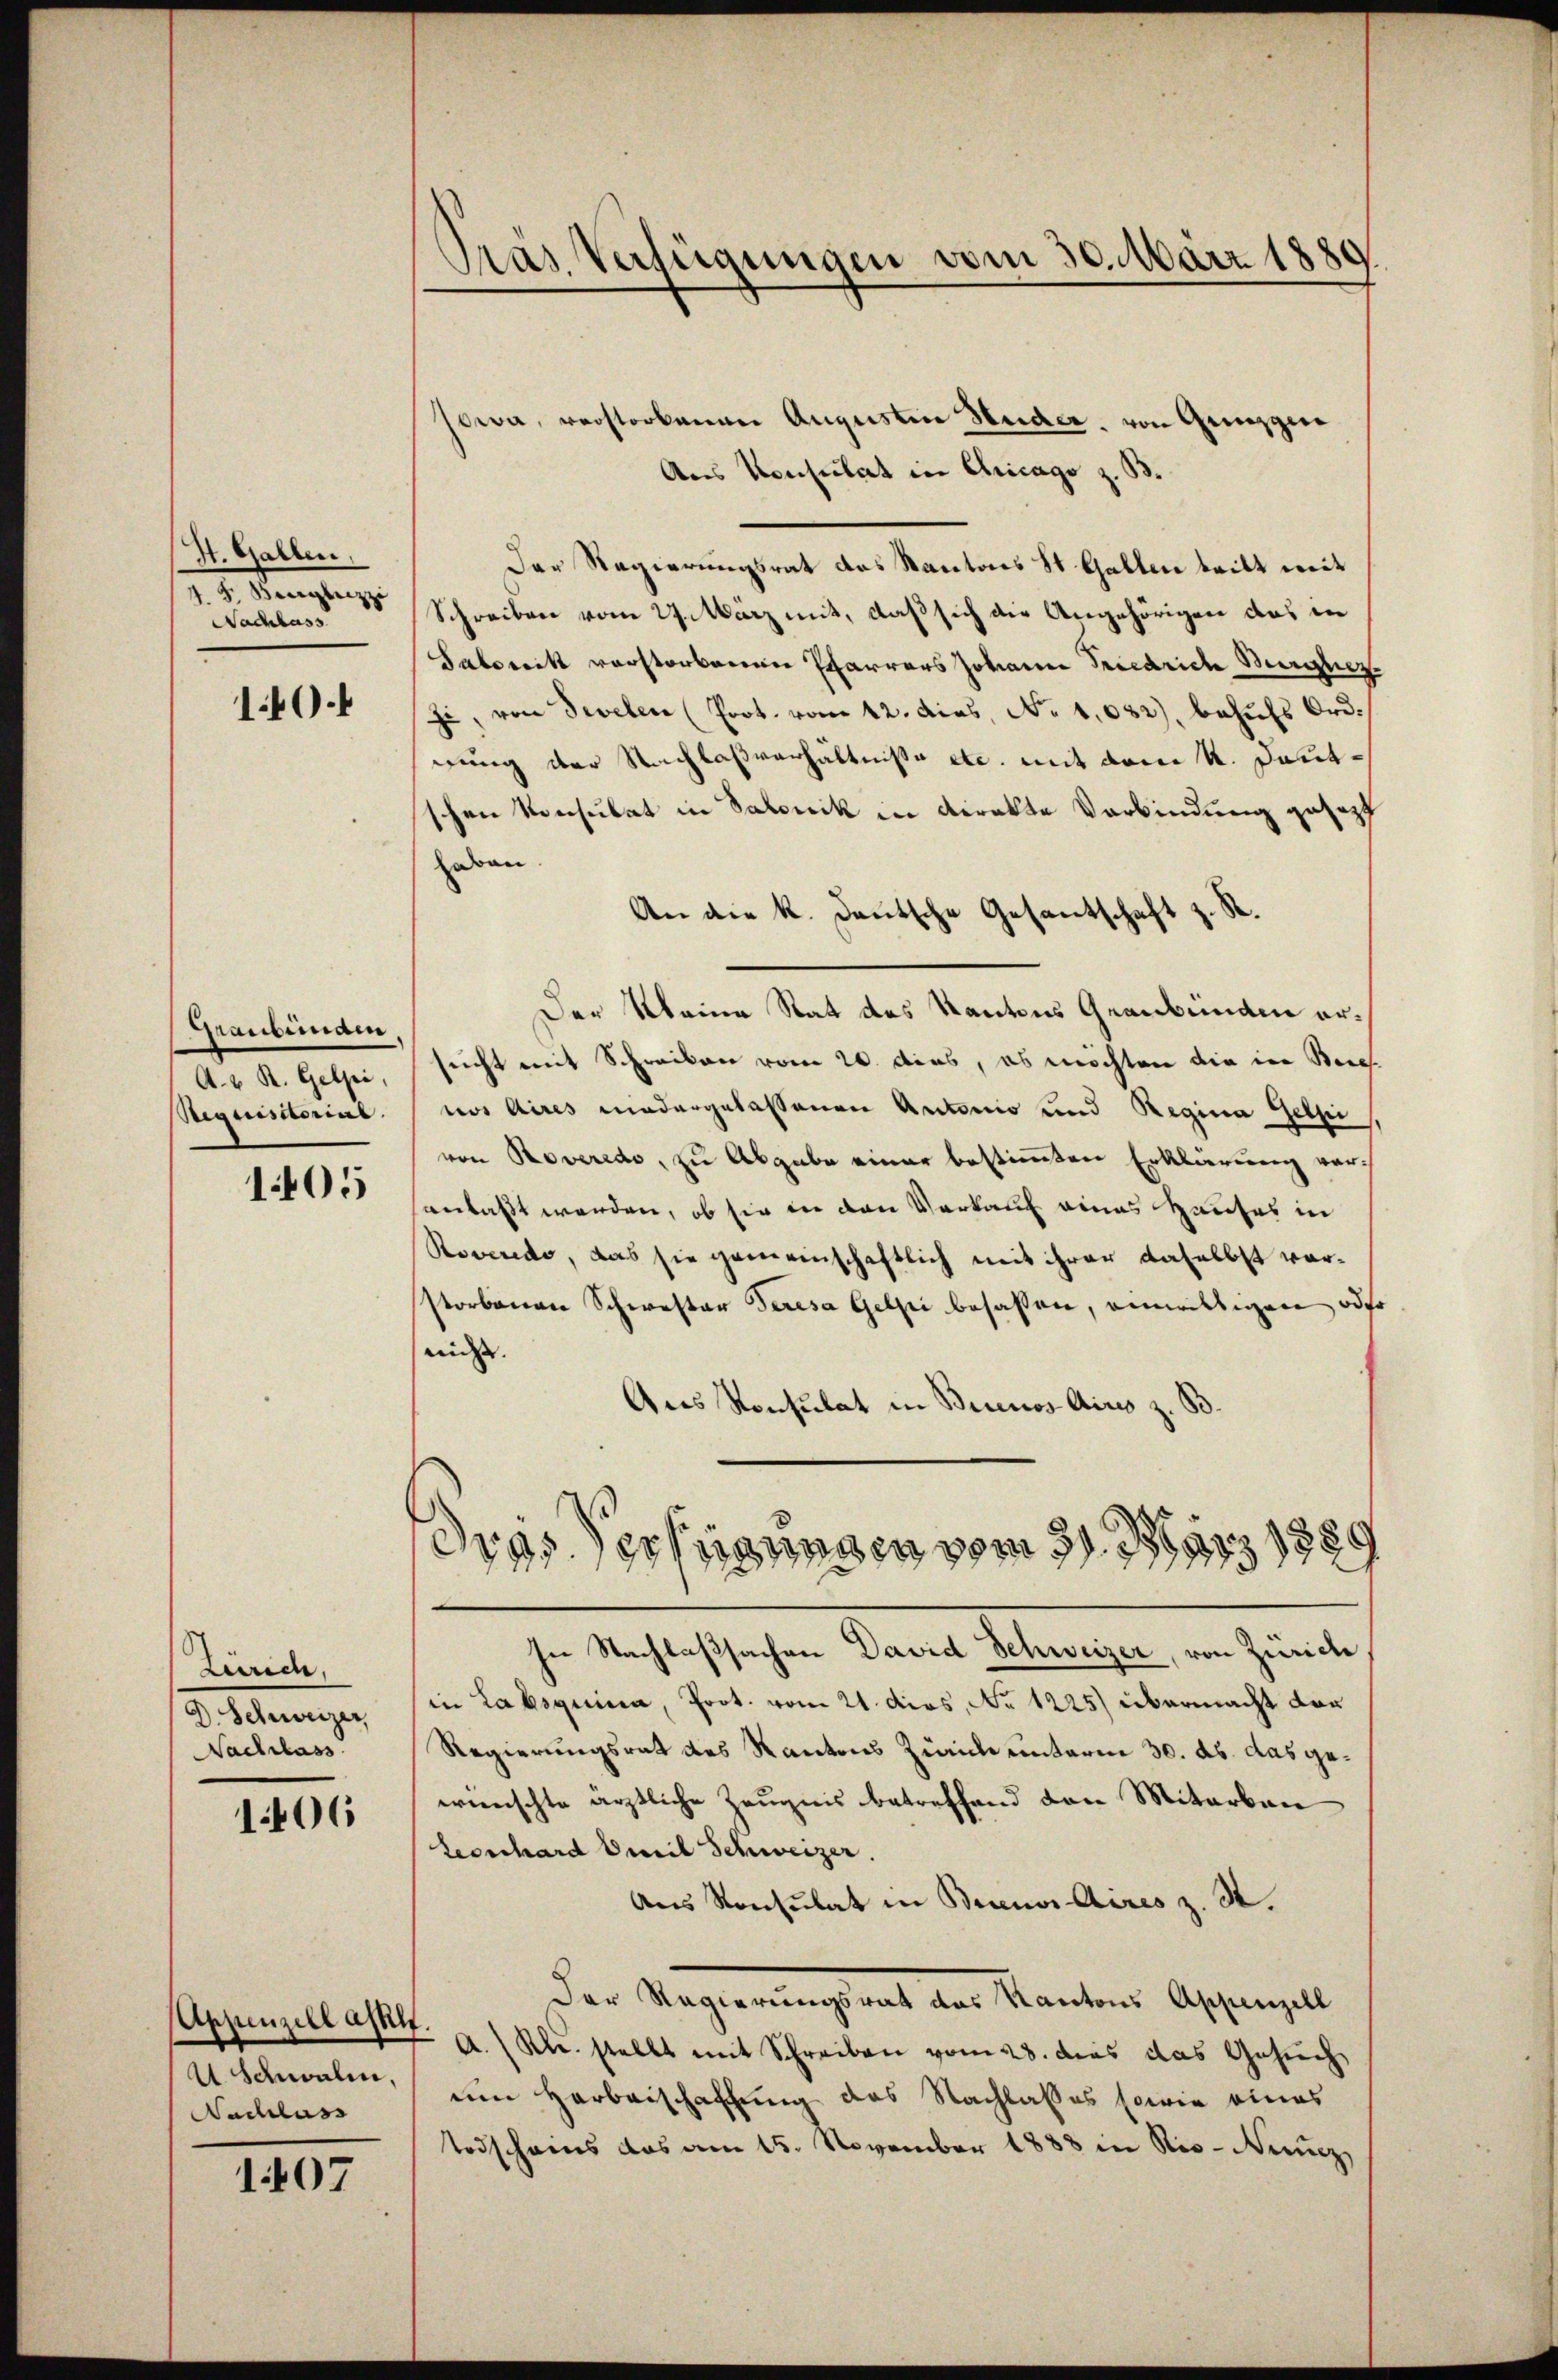
H. Gallen,
I. Gemachte,
Nachlass

140.

Graubemain
A. R. Gelzei,
Regensterins

1405

Zürich,
d. Scheinung
Nachlass

1406

Appenzell aspilt.
U Schwalen,
Nadelass

1407

Pras Verfügungen vom 30. März 1889.

howa, verstorbenen Augustin Heider, von Grizzier
Aus Konsulat in Chicago z. B.
Der Regierungsrat des Kantons St. Gallen tritt mit
Schreiben vom 27. März mit, daß sich die Angehörigen das in
Sabrik verstorbenen Pfarrers Johann Friedrich Burghez
zi, von Seelen (Prot. vom 12. dies, No 1082), behufs Ordrung der Nachlaßverhältnisse etc. mit vom 4. Dantschen Konsulat in Salonik in direkte Verbindung gesezt
haben.
An die k. deutsche Gesantschaft z. S.
Der Meine Stat des Kantons Graubünden ersucht mit Schreiben vom 20. dies, es möchten die in Steres.
nos Aires niedergelassenen Antonio und Regina Geli
von Roveredo, zu Abgabe einer bestimmten Erklärung voranlaßt werden, ob sie in den Verkauf eines Hauses in
Rovendo, das sie gemeinschaftlich mit ihrer daselbst vorstorbenen Schwester Teresa Gelpi besassen, einwilligen oder
nicht. |
Ans Konsulat in Brunos Aires z. B.
dres Verfügungen vom 31. März 1889
In Nachlaßsachen David Schweizer, von Zürich
in Labsquica, Prot. vom 21. dies, No 1225) übermacht dar
Regierungsrat des Kantons Zürich unterm 30. ds. das gewünschte ärztliche Zeugnis betreffend den Mitarbau
Leonhard Oweil Schweizer.
Aus Konsulat in Buenos Aires z. R.
Der Regierungsrat das Kantons Appenzell
A. (Kl. stellt mit Schreiben vom 28. das das Gesuch
um Herbeischaffung des Nachlasses sowie eines
Todscheins das am 15. November 1888 in Rio-Neuz